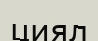
циял